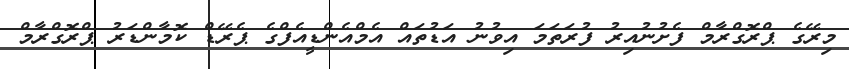
މިރޭގެ ޕްރޮގްރާމް ފެށުނުއިރު ފުރަތަމަ އިވުނު އަޑުތައް އެމްއެންޑީއެފްގެ ޕެރޭޑް ކޮމާންޑަރު ޕްރޮގްރާމް